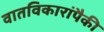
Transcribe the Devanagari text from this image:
वातविकारांपैकी